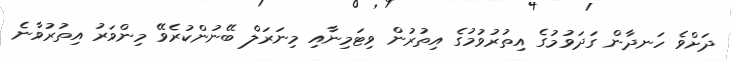
ދަށްވެ ހަނދާން ގަދަވުމުގެ އިތުުރުވުމުގެ އިތުރުން ވިޓަމިނާއި މިނަރަލް ބޭނުންކުރެވޭ މިންވަރު އިތުރުވާނެ